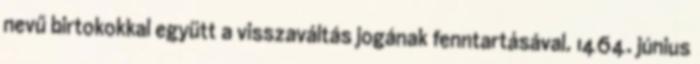
nevű birtokokkal együtt a visszaváltás jogának fenntartásával. 1464. június